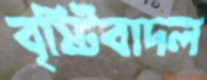
বৃষ্টিবাদল